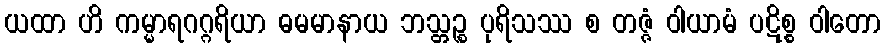
ယထာ ဟိ ကမ္မာရဂဂ္ဂရိယာ ဓမမာနာယ ဘသ္တဉ္စ ပုရိသဿ စ တဇ္ဇံ ဝါယာမံ ပဋိစ္စ ဝါတော